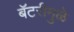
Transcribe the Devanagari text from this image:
बॅटरीमुळे